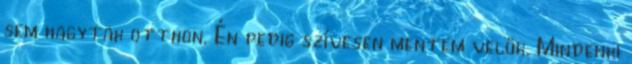
sem hagytak otthon. Én pedig szívesen mentem velük. Mindenki